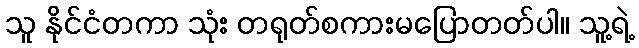
သူ နိုင်ငံတကာ သုံး တရုတ်စကားမပြောတတ်ပါ။ သူ့ရဲ့